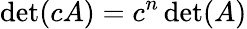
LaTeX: \operatorname*{det}(cA)=c^{n}\operatorname*{det}(A)